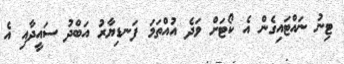
ޓިނު ނައްޓައިގެން އެ ކޯޓަށް ވަދެ އުއްތަމަ ފަނޑިޔާރު އަބްދު ސައީދާއި އެ